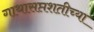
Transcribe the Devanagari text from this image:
गाथासप्तशतीच्या